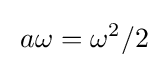
{\frac {}{}}a\omega =\omega ^{2}/2